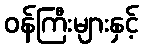
ဝန်ကြီးများနှင့်